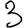
Digit: 3